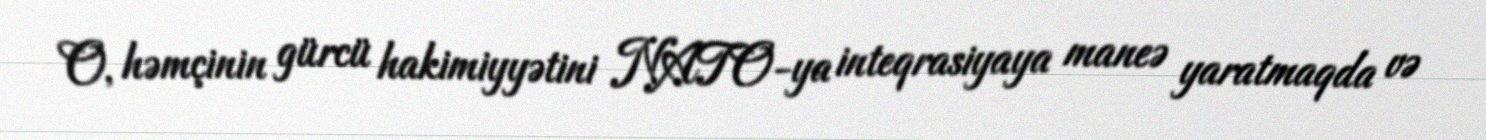
O, həmçinin gürcü hakimiyyətini NATO-ya inteqrasiyaya maneə yaratmaqda və